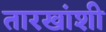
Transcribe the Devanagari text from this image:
तारखांशी